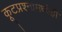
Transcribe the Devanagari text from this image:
कूटप्रश्नांमध्येही